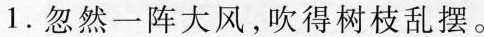
1.忽然一阵大风，吹得树枝乱摆。